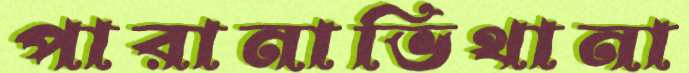
পারানাভিথানা